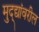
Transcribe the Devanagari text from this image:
मुद्द्यांवरील